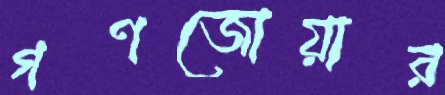
গণজোয়ার